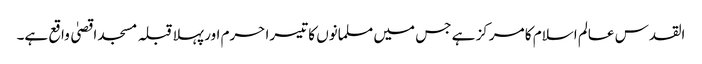
القدس عالم اسلام کا مرکز ہے جس میں مسلمانوں کا تیسرا حرم اور پہلا قبلہ مسجد اقصیٰ واقع ہے۔